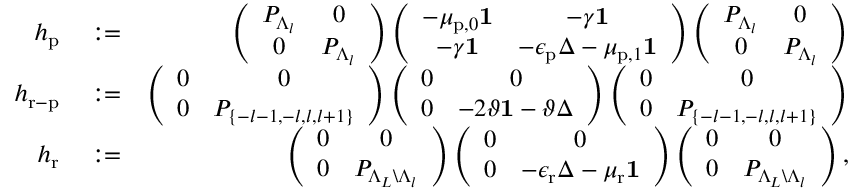
\begin{array} { r l r } { h _ { \mathrm { p } } } & { { } : = } & { \left( \begin{array} { c c } { P _ { \Lambda _ { l } } } & { 0 } \\ { 0 } & { P _ { \Lambda _ { l } } } \end{array} \right) \left( \begin{array} { c c } { - \mu _ { \mathrm { p } , 0 } \mathbf { 1 } } & { - \gamma \mathbf { 1 } } \\ { - \gamma \mathbf { 1 } } & { - \epsilon _ { \mathrm { p } } \Delta - \mu _ { \mathrm { p } , 1 } \mathbf { 1 } } \end{array} \right) \left( \begin{array} { c c } { P _ { \Lambda _ { l } } } & { 0 } \\ { 0 } & { P _ { \Lambda _ { l } } } \end{array} \right) } \\ { h _ { \mathrm { r - p } } } & { { } : = } & { \left( \begin{array} { c c } { 0 } & { 0 } \\ { 0 } & { P _ { \{ - l - 1 , - l , l , l + 1 \} } } \end{array} \right) \left( \begin{array} { c c } { 0 } & { 0 } \\ { 0 } & { - 2 \vartheta \mathbf { 1 } - \vartheta \Delta } \end{array} \right) \left( \begin{array} { c c } { 0 } & { 0 } \\ { 0 } & { P _ { \{ - l - 1 , - l , l , l + 1 \} } } \end{array} \right) } \\ { h _ { \mathrm { r } } } & { { } : = } & { \left( \begin{array} { c c } { 0 } & { 0 } \\ { 0 } & { P _ { \Lambda _ { L } \backslash \Lambda _ { l } } } \end{array} \right) \left( \begin{array} { c c } { 0 } & { 0 } \\ { 0 } & { - \epsilon _ { \mathrm { r } } \Delta - \mu _ { \mathrm { r } } \mathbf { 1 } } \end{array} \right) \left( \begin{array} { c c } { 0 } & { 0 } \\ { 0 } & { P _ { \Lambda _ { L } \backslash \Lambda _ { l } } } \end{array} \right) , } \end{array}